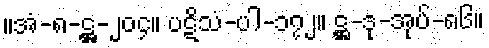
။အံ-၈-ဋ္ဌ-၂၀၄။ ပဋိသံ-ပါ-၁၇၂။ ဋ္ဌ-ဒု-အုပ်-၈၆။